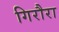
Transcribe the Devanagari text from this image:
गिरौरा